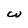
Character: W